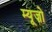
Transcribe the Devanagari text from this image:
म्यूज़ो